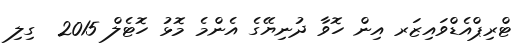
ޓްރިޕްއެޑްވައިޒަރ އިން ހޮވާ ދުނިޔޭގެ އެންމެ މޮޅު ހޮޓެލް 2015  ގިލި